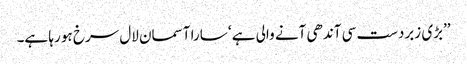
’’بڑی زبردست سی آندھی آنے والی ہے ‘ سارا آسمان لال سرخ ہو رہا ہے۔